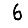
Digit: 6